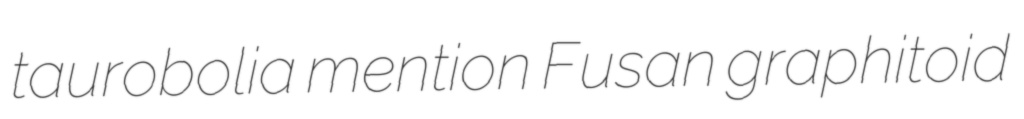
taurobolia mention Fusan graphitoid